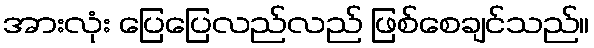
အားလုံး ပြေပြေလည်လည် ဖြစ်စေချင်သည်။